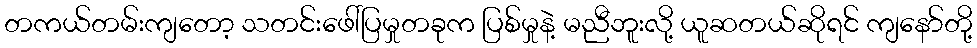
တကယ်တမ်းကျတော့ သတင်းဖေါ်ပြမှုတခုက ပြစ်မှုနဲ့ မညီဘူးလို့ ယူဆတယ်ဆိုရင် ကျနော်တို့